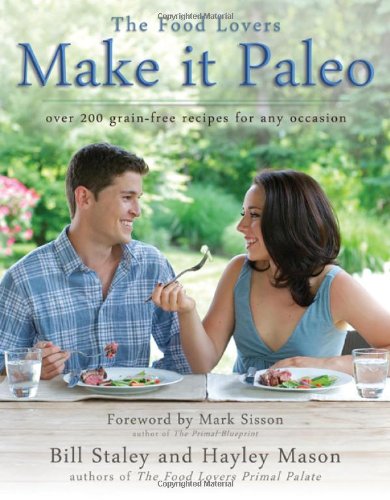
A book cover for Make it Paleo: Over 200 Grain Free Recipes For Any Occasion; Bill Staley; Cookbooks, Food & Wine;